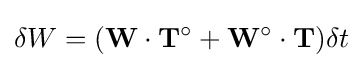
\delta W=(\mathbf {W} \cdot \mathbf {T} ^{\circ }+\mathbf {W} ^{\circ }\cdot \mathbf {T} )\delta t